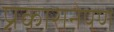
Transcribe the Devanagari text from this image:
प्रकारानेपण